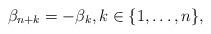
LaTeX: \begin{align*} \beta_{n+k} = - \beta_{k}, k\in \{1,\ldots, n\},\end{align*}